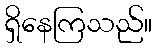
ရှိနေကြသည်။